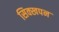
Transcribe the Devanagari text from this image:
सिक्खपन